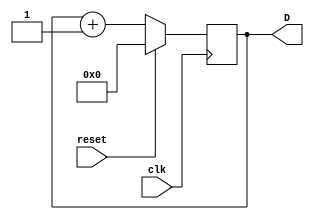
//**************************************************************************
//
//    Copyright (C) 2024  John Winans
//
//    This library is free software; you can redistribute it and/or
//    modify it under the terms of the GNU Lesser General Public
//    License as published by the Free Software Foundation; either
//    version 2.1 of the License, or (at your option) any later version.
//
//    This library is distributed in the hope that it will be useful,
//    but WITHOUT ANY WARRANTY; without even the implied warranty of
//    MERCHANTABILITY or FITNESS FOR A PARTICULAR PURPOSE.  See the GNU
//    Lesser General Public License for more details.
//
//    You should have received a copy of the GNU Lesser General Public
//    License along with this library; if not, write to the Free Software
//    Foundation, Inc., 51 Franklin Street, Fifth Floor, Boston, MA  02110-1301
//    USA
//
//**************************************************************************

module fsm #(
    parameter WIDTH = 16            // how many bits in the counter regsister
    ) 
    (
    input wire              clk,    // the system clock
    input wire              reset,  // synchronous reset to zero the counter
    output reg [WIDTH-1:0]  D       // the current value of the counter
    );

    // The current state of this FSM is the value of the counter
    reg [WIDTH-1:0]  D_next;

    always @(posedge clk) begin
        if (reset)
            D <= 0;             // reset the FSM
        else
            D <= D_next;
    end

    // A pure combo always block used to calculate the next 
    // state from the current state.
    always @(*) begin
        D_next = D + 1;
    end


endmodule